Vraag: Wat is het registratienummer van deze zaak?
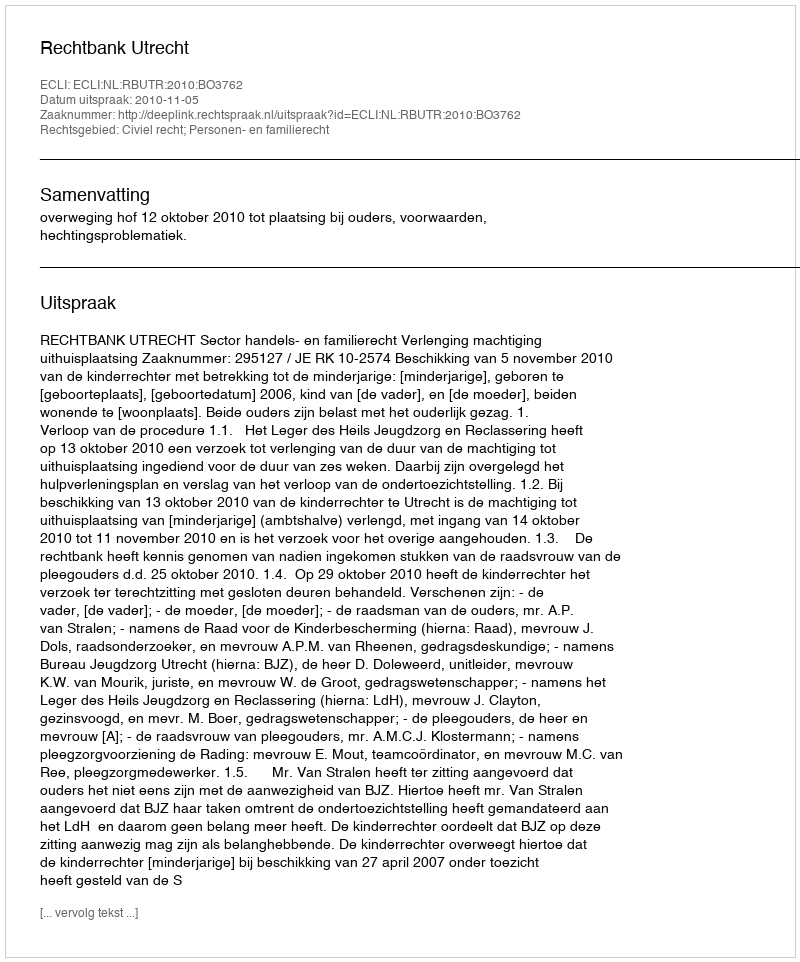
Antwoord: http://deeplink.rechtspraak.nl/uitspraak?id=ECLI:NL:RBUTR:2010:BO3762